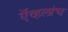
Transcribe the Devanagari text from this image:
ऍव्हलांच